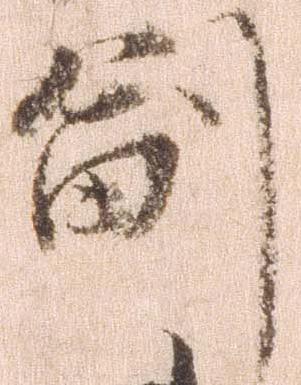
副